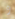
و